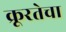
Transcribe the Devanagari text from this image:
क्रूरतेचा